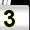
Digit: 3